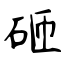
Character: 砸